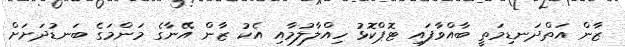
ޒާން އަތްދަނޑިމަތީ ބާއްވާފައި ޓޮޕްކޮޅު ހިއްލާލުމާއި އެކު ޒާން އޭނާގެ މަންމަގެ ބަނޑުދަށަށް